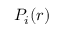
P _ { i } ( r )